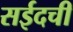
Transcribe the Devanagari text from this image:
सईदची